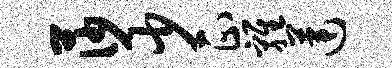
莎少正鸡莲